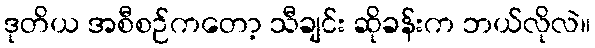
ဒုတိယ အစီစဉ်ကတော့ သီချင်း ဆိုခန်းက ဘယ်လိုလဲ။